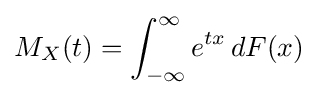
M_{X}(t)=\int _{-\infty }^{\infty }e^{tx}\,dF(x)